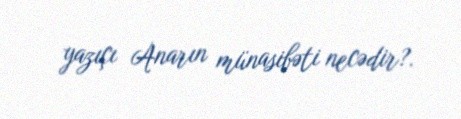
yazıçı Anarın münasibəti necədir?.